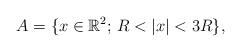
LaTeX: \begin{align*}A=\{x\in\mathbb R^2;\, R<|x|<3R\},\end{align*}